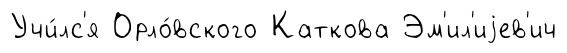
Учи́лс'я Орло́вского Каткова Эм'ил'иjев'ич